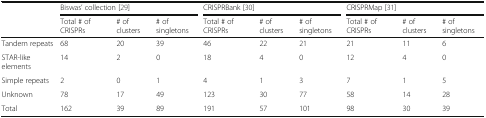
<table><thead><tr><td rowspan="2"></td><td colspan="3"><b>Biswas’ collection [29]</b></td><td colspan="3"><b>CRISPRBank [30]</b></td><td colspan="3"><b>CRISPRMap [31]</b></td></tr><tr><td><b>Total # of CRISPRs</b></td><td><b># of clusters</b></td><td><b># of singletons</b></td><td><b>Total # of CRISPRs</b></td><td><b># of clusters</b></td><td><b># of singletons</b></td><td><b>Total # of CRISPRs</b></td><td><b># of clusters</b></td><td><b># of singletons</b></td></tr></thead><tbody><tr><td>Tandem repeats</td><td>68</td><td>20</td><td>39</td><td>46</td><td>22</td><td>21</td><td>21</td><td>11</td><td>6</td></tr><tr><td>STAR-like elements</td><td>14</td><td>2</td><td>0</td><td>18</td><td>4</td><td>0</td><td>12</td><td>4</td><td>0</td></tr><tr><td>Simple repeats</td><td>2</td><td>0</td><td>1</td><td>4</td><td>1</td><td>3</td><td>7</td><td>1</td><td>5</td></tr><tr><td>Unknown</td><td>78</td><td>17</td><td>49</td><td>123</td><td>30</td><td>77</td><td>58</td><td>14</td><td>28</td></tr><tr><td>Total</td><td>162</td><td>39</td><td>89</td><td>191</td><td>57</td><td>101</td><td>98</td><td>30</td><td>39</td></tr></tbody></table>